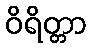
ဝိရိတ္တာ